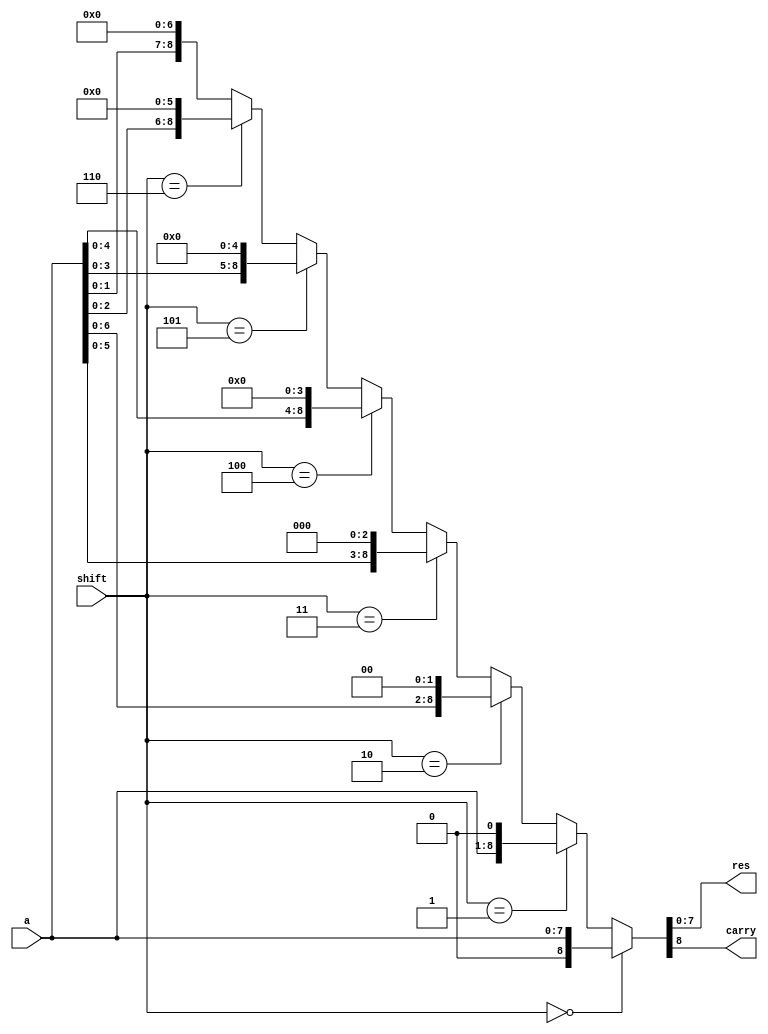
module shl8(
  input [7 : 0] a,
  input [2 : 0] shift,
  output [7 : 0] res,
  output carry);
  assign {carry, res} = (shift == 3'b000) ? {1'b0, a} :
                        (shift == 3'b001) ? {a[7 : 0], {1'b0}}:
                        (shift == 3'b010) ? {a[6 : 0], {2'b0}}:
                        (shift == 3'b011) ? {a[5 : 0], {3'b0}}:
                        (shift == 3'b100) ? {a[4 : 0], {4'b0}}:
                        (shift == 3'b101) ? {a[3 : 0], {5'b0}}:
                        (shift == 3'b110) ? {a[2 : 0], {6'b0}}:
                        {a[1 : 0], {7'b0}};
endmodule